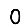
Digit: 0